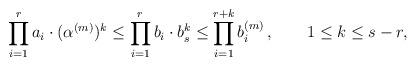
LaTeX: \begin{align*}\prod_{i=1}^ra_i\cdot(\alpha^{(m)})^k\le\prod_{i=1}^rb_i\cdot b_s^k\le\prod_{i=1}^{r+k}b_i^{(m)} \,,\qquad1\le k\le s-r,\end{align*}